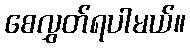
စေလွှတ်ရပါမယ်။